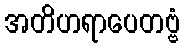
အတိဟရာပေတဗ္ဗံ